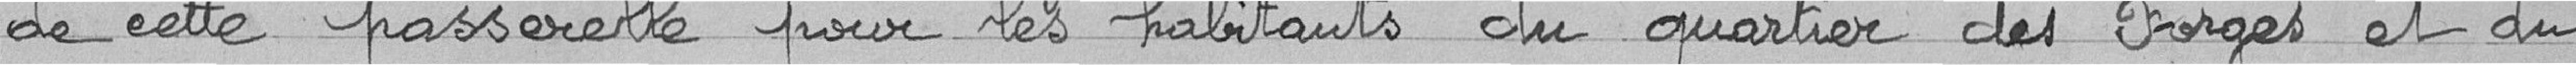
de cette passerelle pour les habitants du quartier des Forges et du